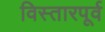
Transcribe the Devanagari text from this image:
विस्तारपूर्व